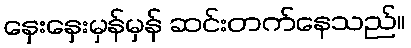
နှေးနှေးမှန်မှန် ဆင်းတက်နေသည်။